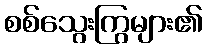
စစ်သွေးကြွများ၏